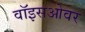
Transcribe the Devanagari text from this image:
वॉइसओवर